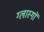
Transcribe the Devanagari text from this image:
ग्लास्गाॅ